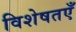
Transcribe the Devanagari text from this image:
विशेषतएँ